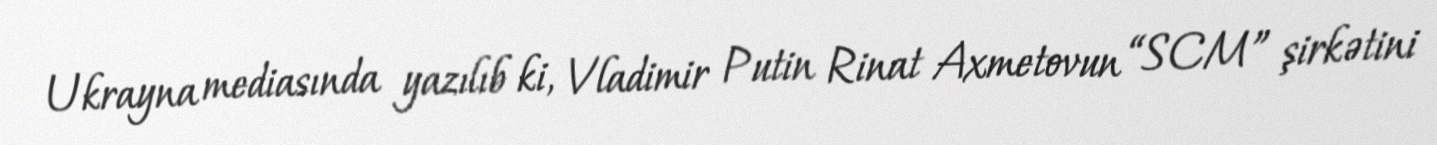
Ukrayna mediasında yazılıb ki, Vladimir Putin Rinat Axmetovun “SCM” şirkətini